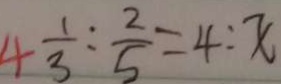
\frac { 1 } { 3 } : \frac { 2 } { 5 } = 4 : x